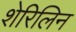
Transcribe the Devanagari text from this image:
शेरिलिन